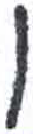
אות: ו